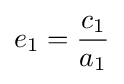
e_{1}={\frac {c_{1}}{a_{1}}}